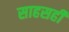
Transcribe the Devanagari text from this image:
साहसही